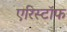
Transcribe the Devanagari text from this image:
एरिस्टॉफ